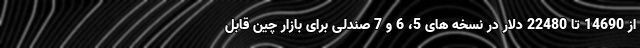
از 14690 تا 22480 دلار در نسخه های 5، 6 و 7 صندلی برای بازار چین قابل